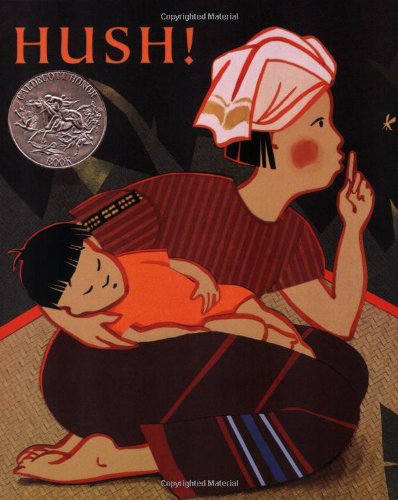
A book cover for Hush! A Thai Lullaby; Minfong Ho; Children's Books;